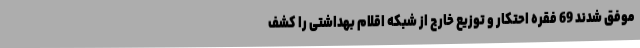
موفق شدند 69 فقره احتکار و توزیع خارج از شبکه اقلام بهداشتی را کشف